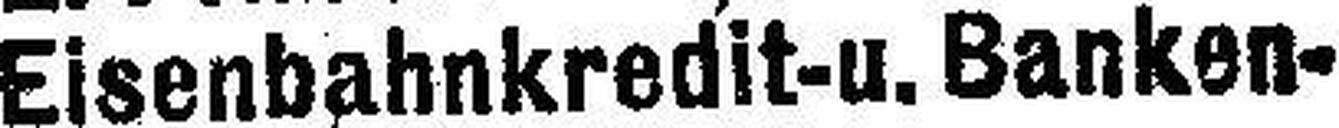
Eisenbahnkredit-u. Banken¬